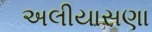
અલીયાસણા